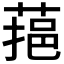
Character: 𦶂